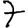
Digit: 7